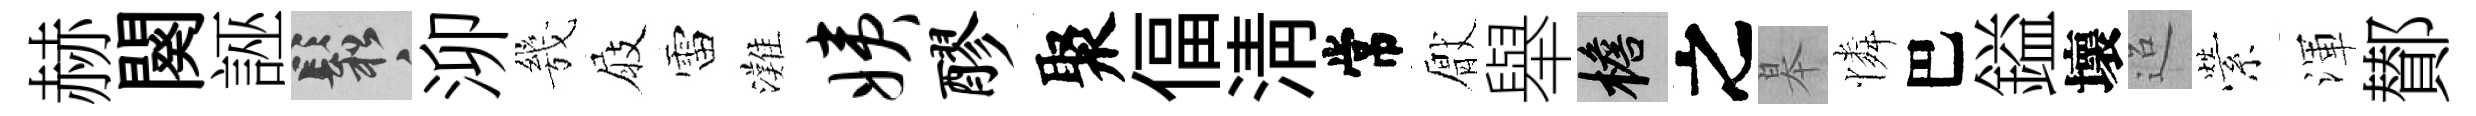
赫闋誣鬆泖㡬屐雷灘姨醪聚偪淸常厭舉檐之皋憐巴鎰壞迢縈渾鄼